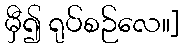
မှီ၍ ရုပ်စဉ်လေ။]